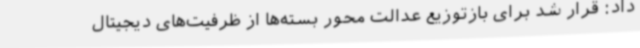
داد: قرار شد برای بازتوزیع عدالت محور بسته‌ها از ظرفیت‌های دیجیتال